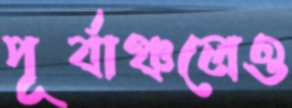
পূর্বাঞ্চলেও